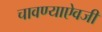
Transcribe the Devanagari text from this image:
चावण्याऐवजी